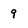
Character: 9